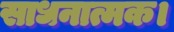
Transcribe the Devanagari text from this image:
साधनात्मक।